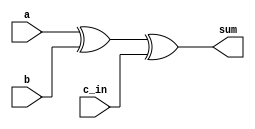
`timescale 1ns / 1ps
module sum(sum,a,b,c_in);
input a,b,c_in;
output sum;
assign sum = a^b^c_in;
endmodule